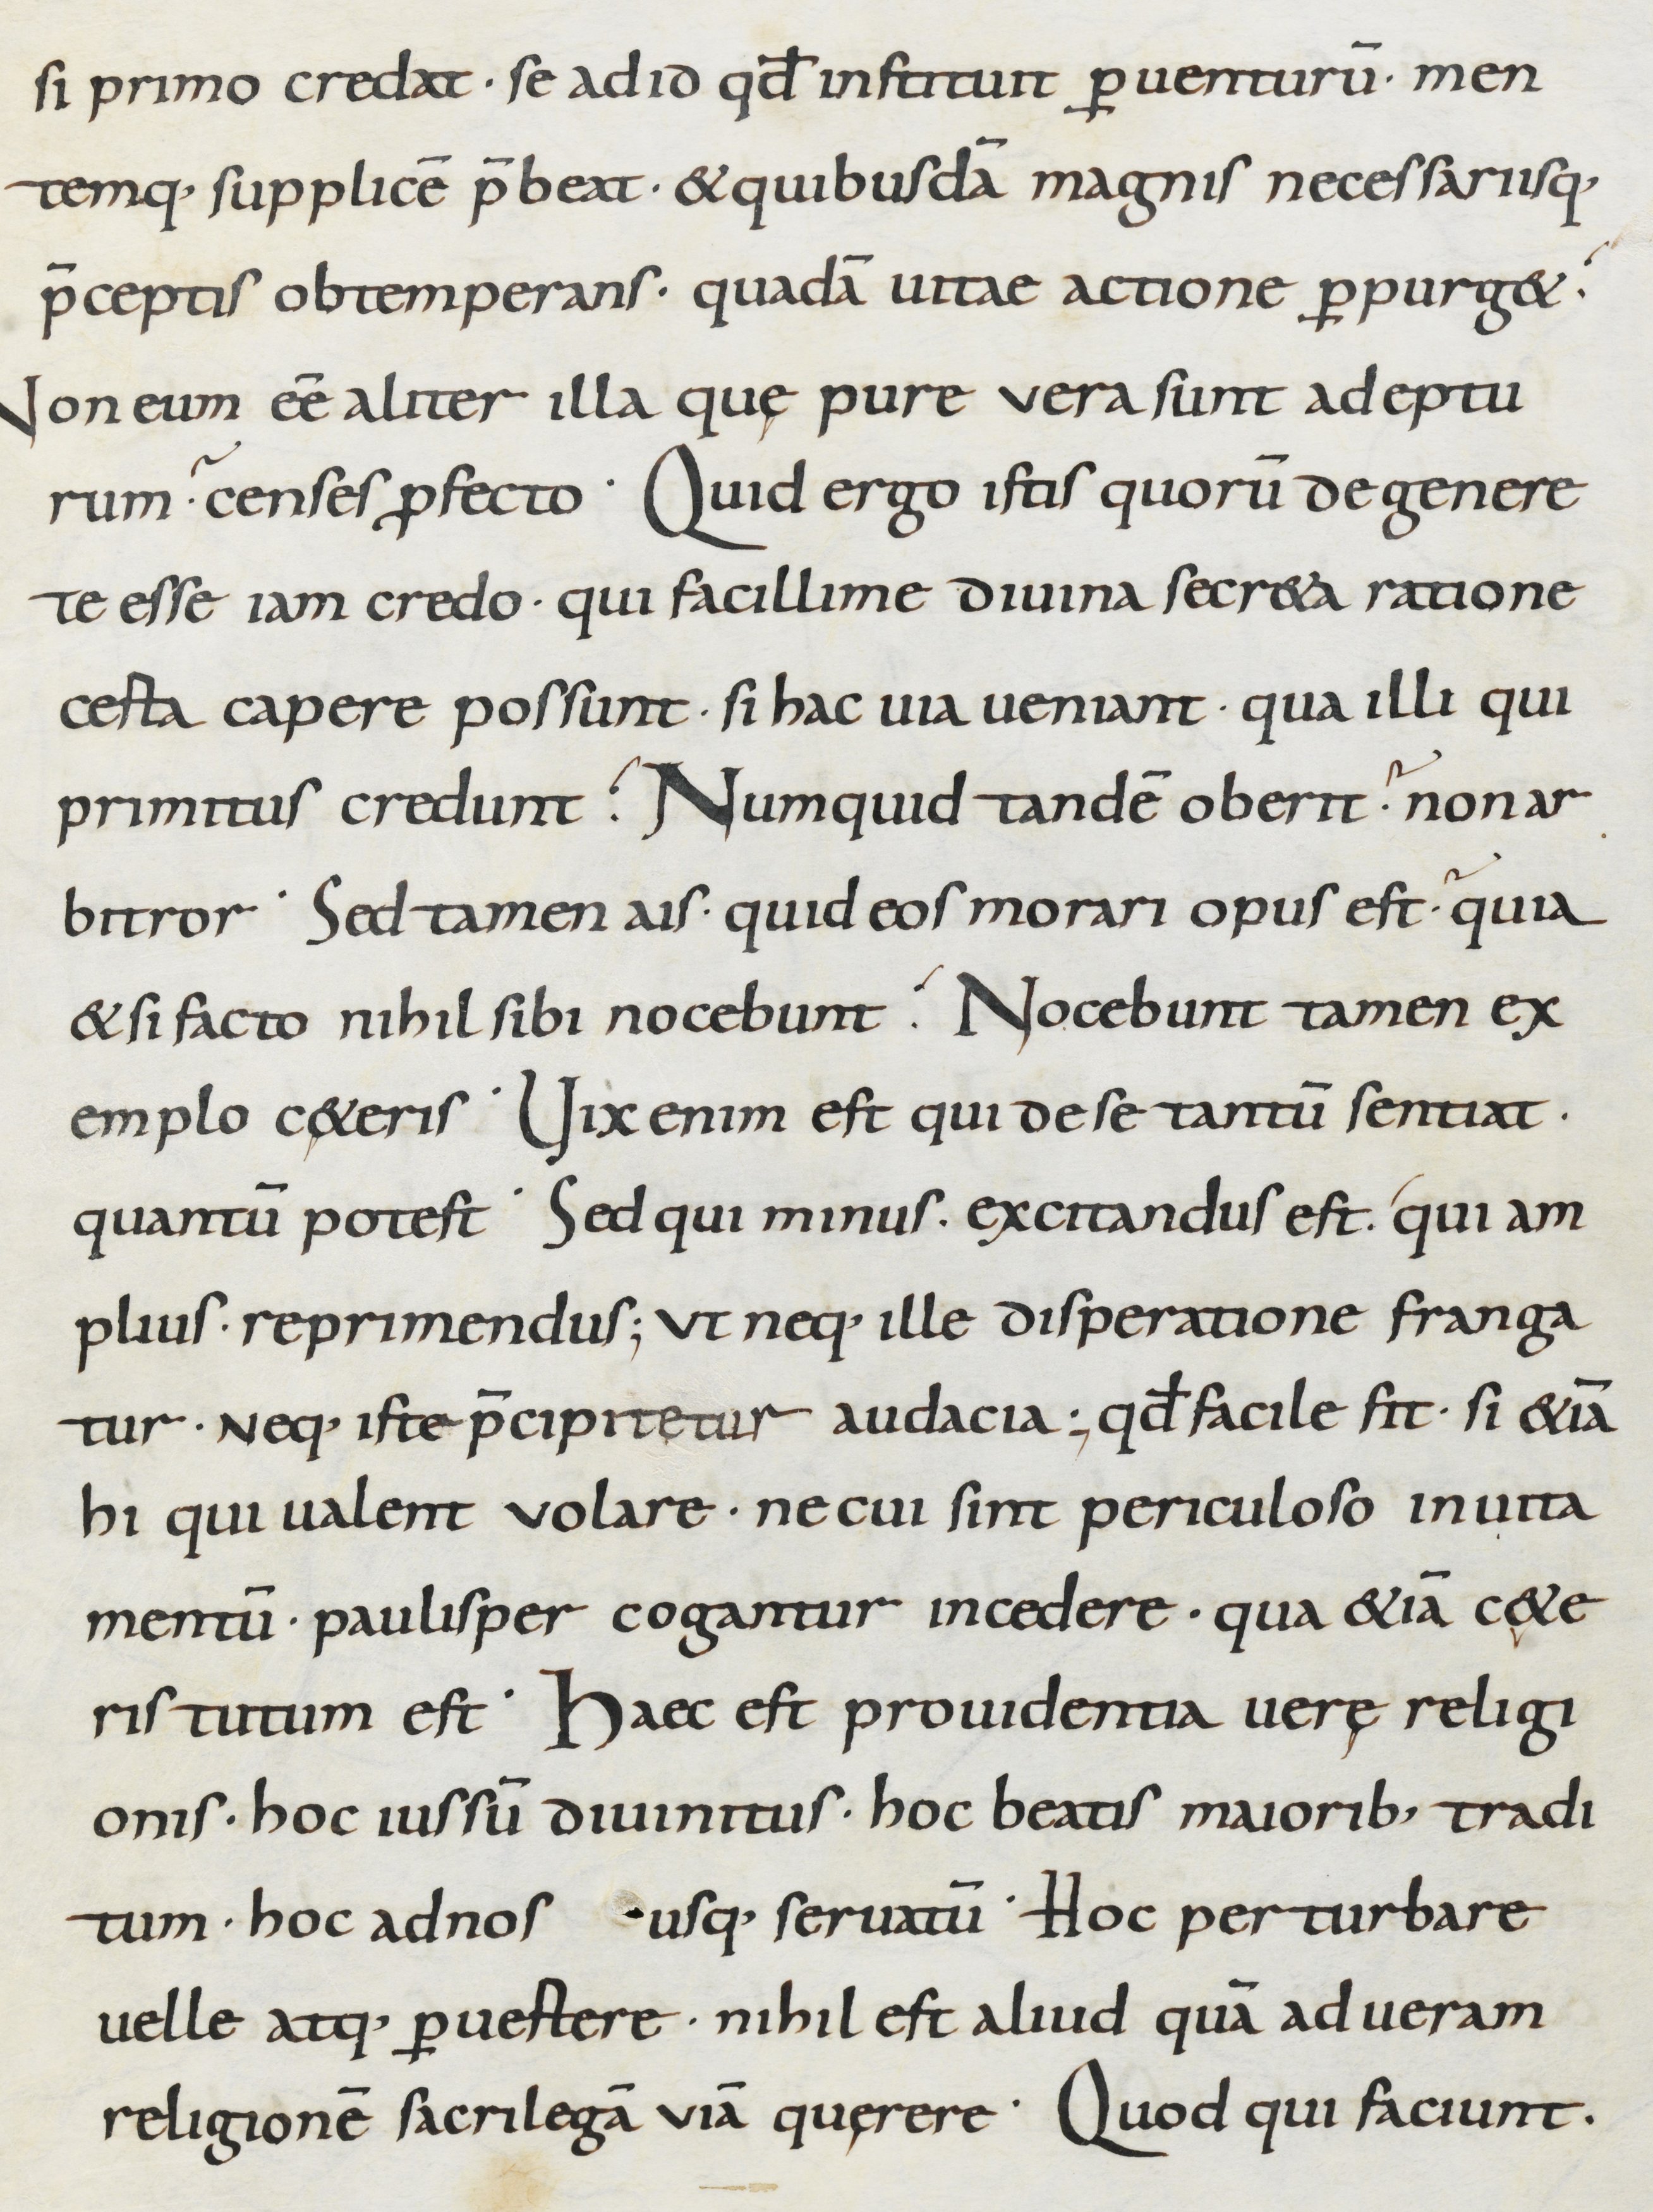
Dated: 800–899